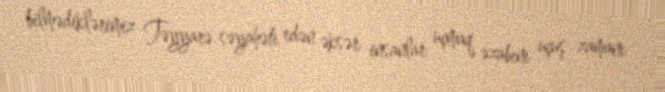
bilmədiklərimiz Təyyarə səyahəti edən əksər insanlar uçmaq əzabını uçuş zamanı